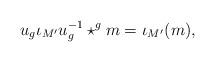
LaTeX: \begin{align*}u_{g}\iota_{M'}u_{g}^{-1}\star^g m=\iota_{M'}(m),\end{align*}